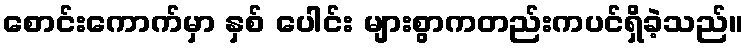
စောင်းကောက်မှာ နှစ် ပေါင်း များစွာကတည်းကပင်ရှိခဲ့သည်။